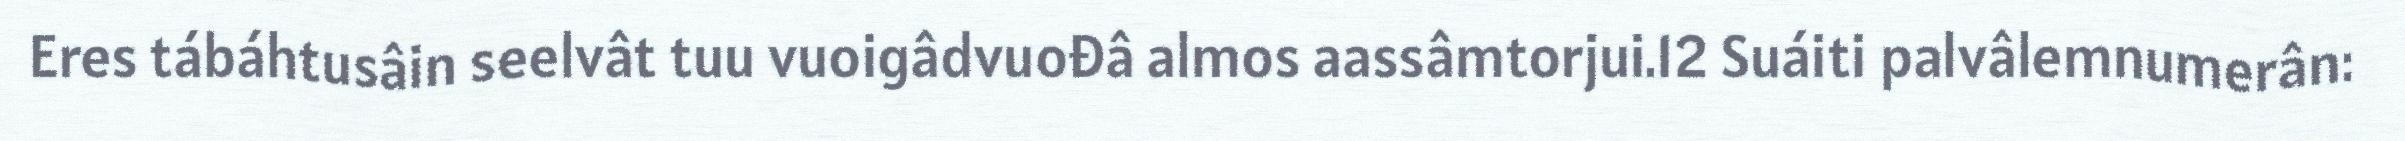
Eres tábáhtusâin seelvât tuu vuoigâdvuođâ almos aassâmtorjui.12 Suáiti palvâlemnumerân: